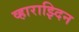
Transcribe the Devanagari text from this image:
व्हाराझ्दिन